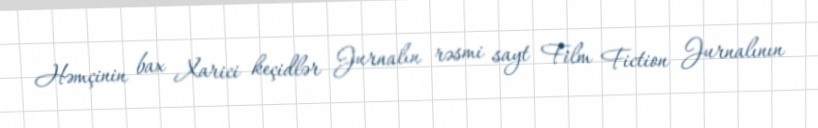
Həmçinin bax Xarici keçidlər Jurnalın rəsmi sayt Film Fiction Jurnalının